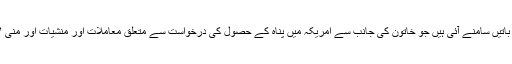
اخبار کے مطابق مقدمہ کی تفتیش کے دوران خاتون کے ماضی سے متعلق متضاد باتیں سامنے آئی ہیں جو خاتون کی جانب سے امریکہ میں پناہ کے حصول کی درخواست سے متعلق معاملات اور منشیات اور منی لانڈرنگ جیسی مجرمانہ سرگرمیوں سے اس کے مبینہ تعلق کی نشاندہی کرتی ہیں۔